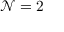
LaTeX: { \mathcal { N } } = 2